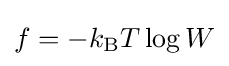
f=-k_{\rm {B}}T\log W